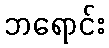
ဘရောင်း